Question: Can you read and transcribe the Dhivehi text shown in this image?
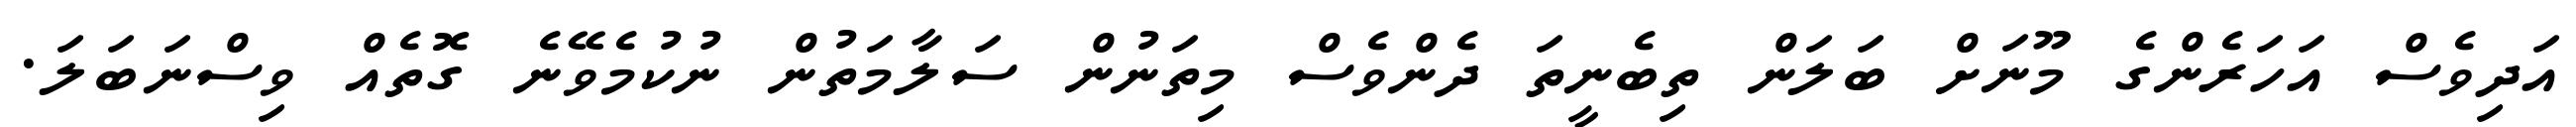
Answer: އަދިވެސް އަހަރެންގެ މޫނަށް ބަލަން ތިބެނީތަ ދެންވެސް މިތަނުން ސަލާމަތުން ނުކުމެވޭނެ ގޮތެއް ވިސްނަބަލަ.